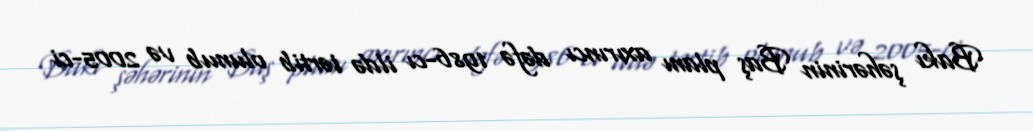
Bakı şəhərinin Baş planı axırıncı dəfə 1986-cı ildə tərtib olunub və 2005-ci